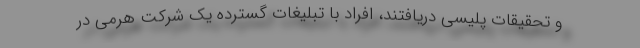
و تحقیقات پلیسی دریافتند، افراد با تبلیغات گسترده یک شرکت هرمی در